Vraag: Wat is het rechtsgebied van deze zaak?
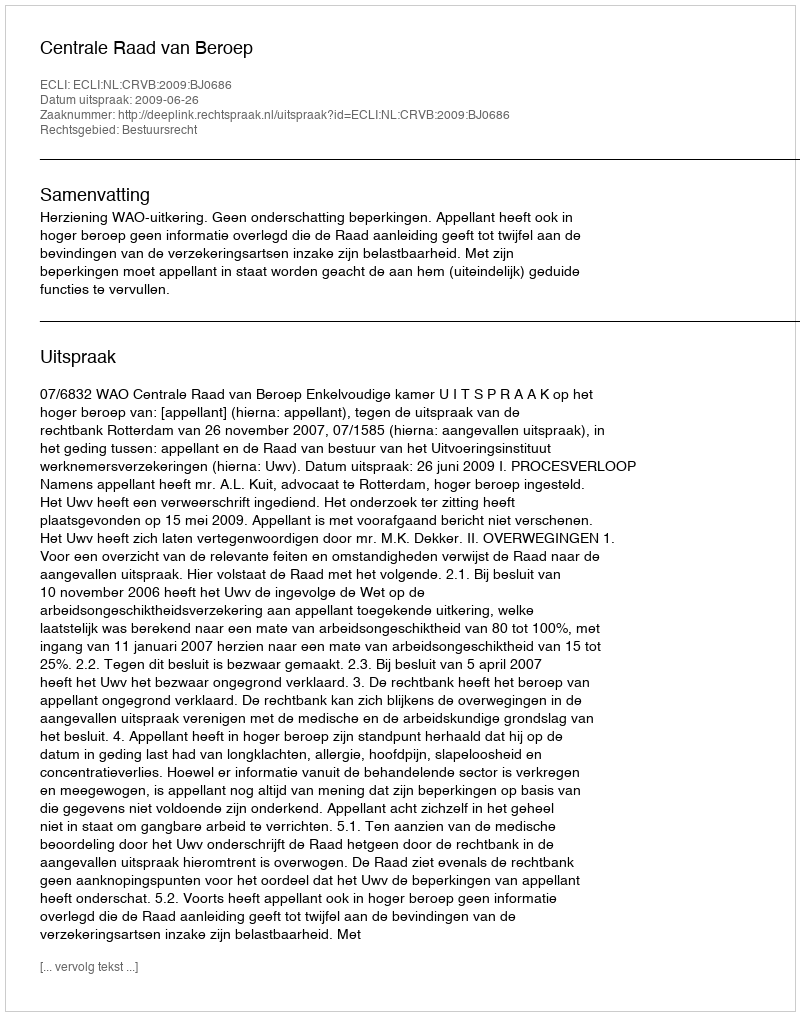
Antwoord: Bestuursrecht